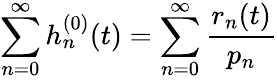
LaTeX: \sum_{n=0}^{\infty}h_{n}^{(0)}(t)=\sum_{n=0}^{\infty}\frac{r_{n}(t)}{p_{n}}